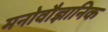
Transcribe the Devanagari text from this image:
मनोवौज्ञानिक